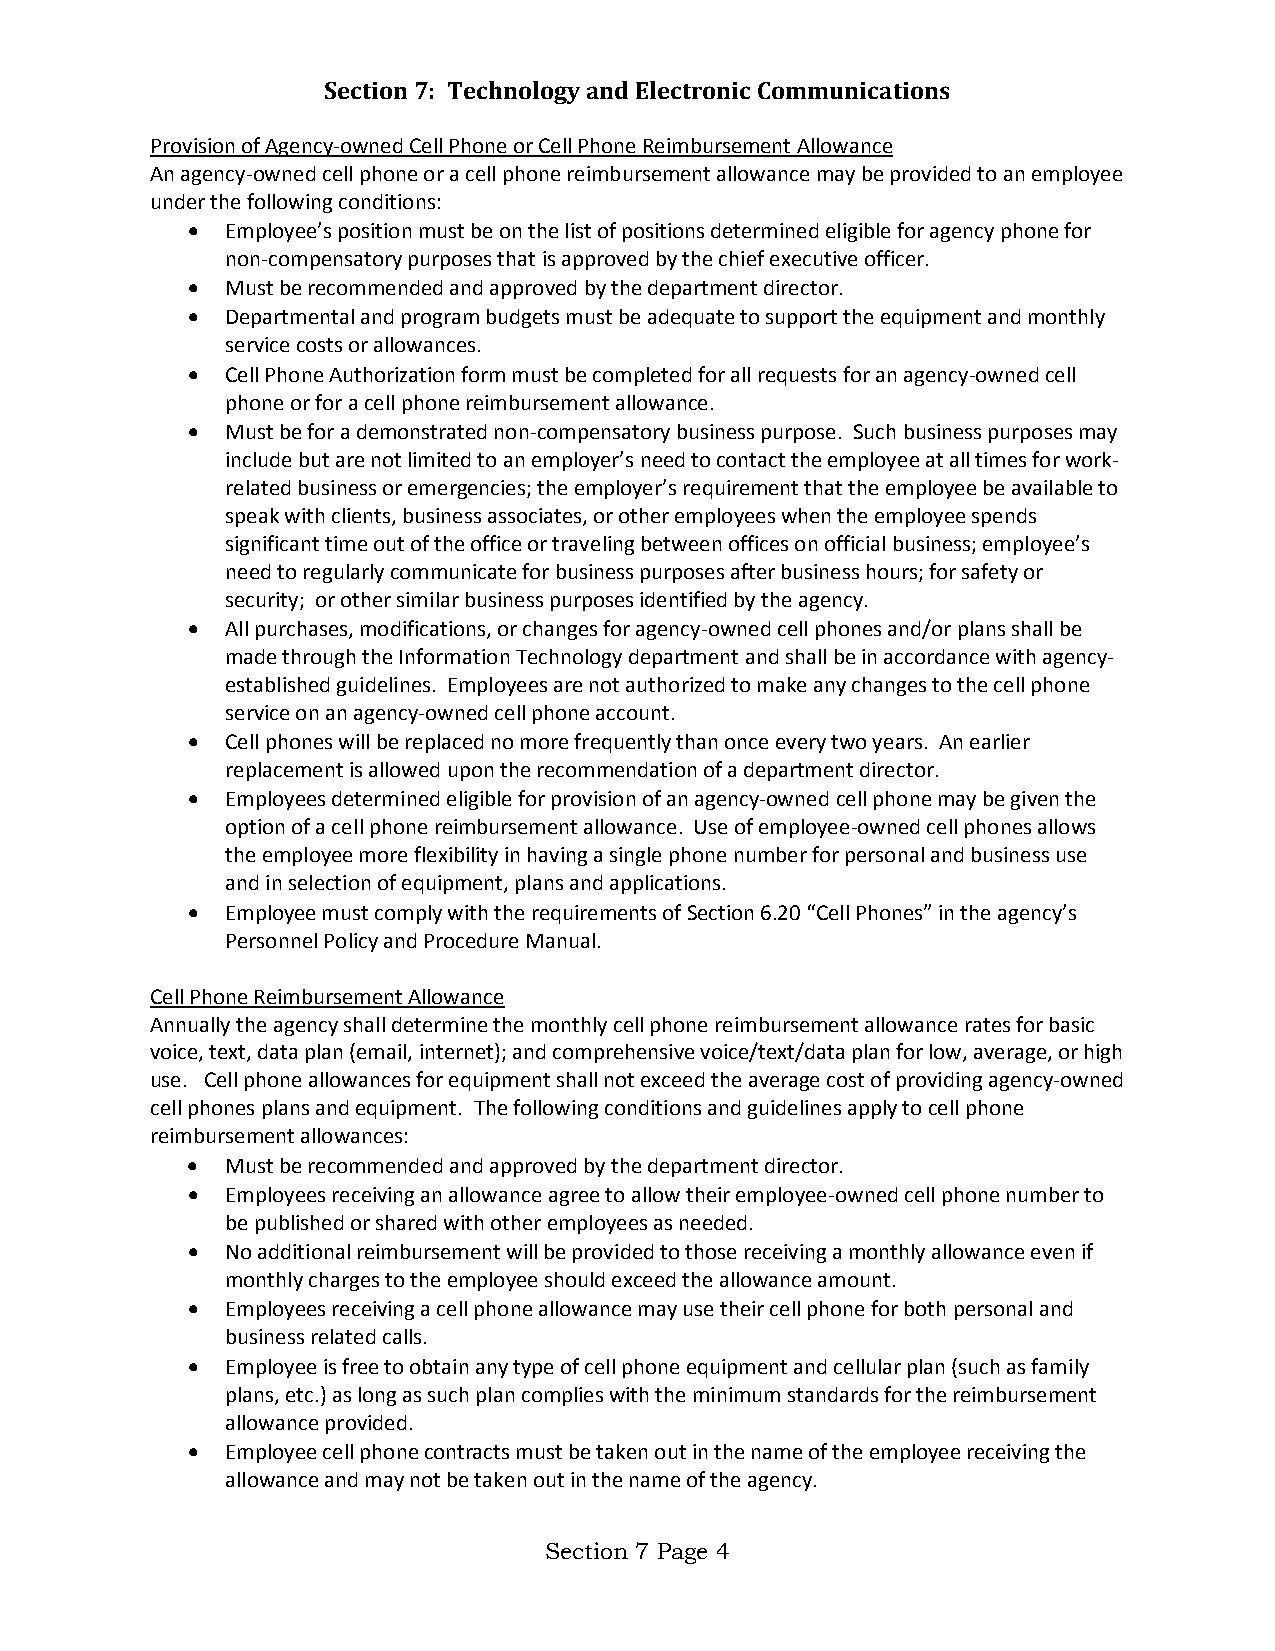
Section 7: Technology and Electronic Communications
 Provision of Agency-owned Cell Phone or Cell Phone Reimbursement Allowance
 An agency-owned cell phone or a cell phone reimbursement allowance may be provided to an employee
 under the following conditions:
 •  Employee’s position must be on the list of positions determined eligible for agency phone for
 non-compensatory purposes that is approved by the chief executive officer.
 •  Must be recommended and approved by the department director.
 •  Departmental and program budgets must be adequate to support the equipment and monthly
 service costs or allowances.
 •  Cell Phone Authorization form must be completed for all requests for an agency-owned cell
 phone or for a cell phone reimbursement allowance.
 •  Must be for a demonstrated non-compensatory business purpose. Such business purposes may
 include but are not limited to an employer’s need to contact the employee at all times for work-
 related business or emergencies; the employer’s requirement that the employee be available to
 speak with clients, business associates, or other employees when the employee spends
 significant time out of the office or traveling between offices on official business; employee’s
 need to regularly communicate for business purposes after business hours; for safety or
 security; or other similar business purposes identified by the agency.
 •  All purchases, modifications, or changes for agency-owned cell phones and/or plans shall be
 made through the Information Technology department and shall be in accordance with agency-
 established guidelines. Employees are not authorized to make any changes to the cell phone
 service on an agency-owned cell phone account.
 •  Cell phones will be replaced no more frequently than once every two years. An earlier
 replacement is allowed upon the recommendation of a department director.
 •  Employees determined eligible for provision of an agency-owned cell phone may be given the
 option of a cell phone reimbursement allowance. Use of employee-owned cell phones allows
 the employee more flexibility in having a single phone number for personal and business use
 and in selection of equipment, plans and applications.
 •  Employee must comply with the requirements of Section 6.20 “Cell Phones” in the agency’s
 Personnel Policy and Procedure Manual.
 Cell Phone Reimbursement Allowance
 Annually the agency shall determine the monthly cell phone reimbursement allowance rates for basic
 voice, text, data plan (email, internet); and comprehensive voice/text/data plan for low, average, or high
 use. Cell phone allowances for equipment shall not exceed the average cost of providing agency-owned
 cell phones plans and equipment. The following conditions and guidelines apply to cell phone
 reimbursement allowances:
 •  Must be recommended and approved by the department director.
 •  Employees receiving an allowance agree to allow their employee-owned cell phone number to
 be published or shared with other employees as needed.
 •  No additional reimbursement will be provided to those receiving a monthly allowance even if
 monthly charges to the employee should exceed the allowance amount.
 •  Employees receiving a cell phone allowance may use their cell phone for both personal and
 business related calls.
 •  Employee is free to obtain any type of cell phone equipment and cellular plan (such as family
 plans, etc.) as long as such plan complies with the minimum standards for the reimbursement
 allowance provided.
 •  Employee cell phone contracts must be taken out in the name of the employee receiving the
 allowance and may not be taken out in the name of the agency.
 Section 7 Page 4